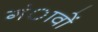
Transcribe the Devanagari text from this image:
गंावों